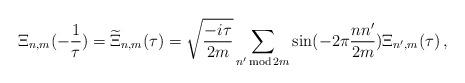
LaTeX: \begin{align*}\Xi_{n,m}(-\frac{1}{\tau}) = \widetilde{\Xi}_{n,m}(\tau) = \sqrt{\frac{-i\tau}{2m}} \sum_{n'\,{\rm mod}\,2m}\sin(-2\pi\frac{nn'}{2m})\Xi_{n',m}(\tau)\,,\end{align*}